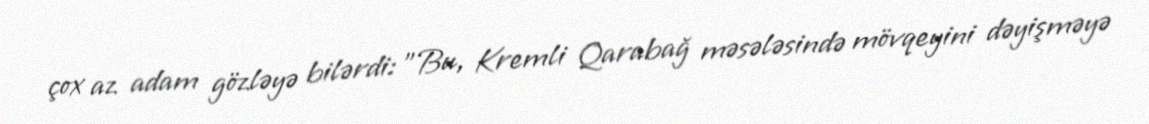
çox az adam gözləyə bilərdi: "Bu, Kremli Qarabağ məsələsində mövqeyini dəyişməyə